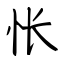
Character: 怅